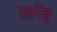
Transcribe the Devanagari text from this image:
सारेह